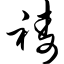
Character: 祷